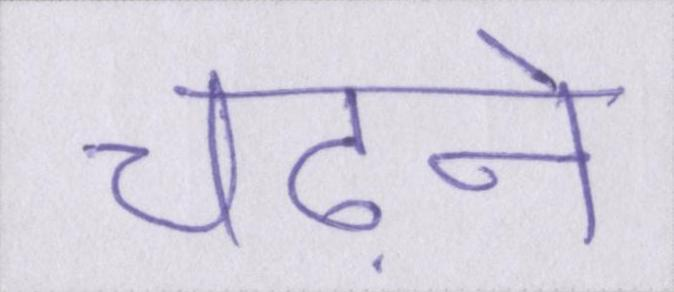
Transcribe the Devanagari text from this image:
चढ़ाने